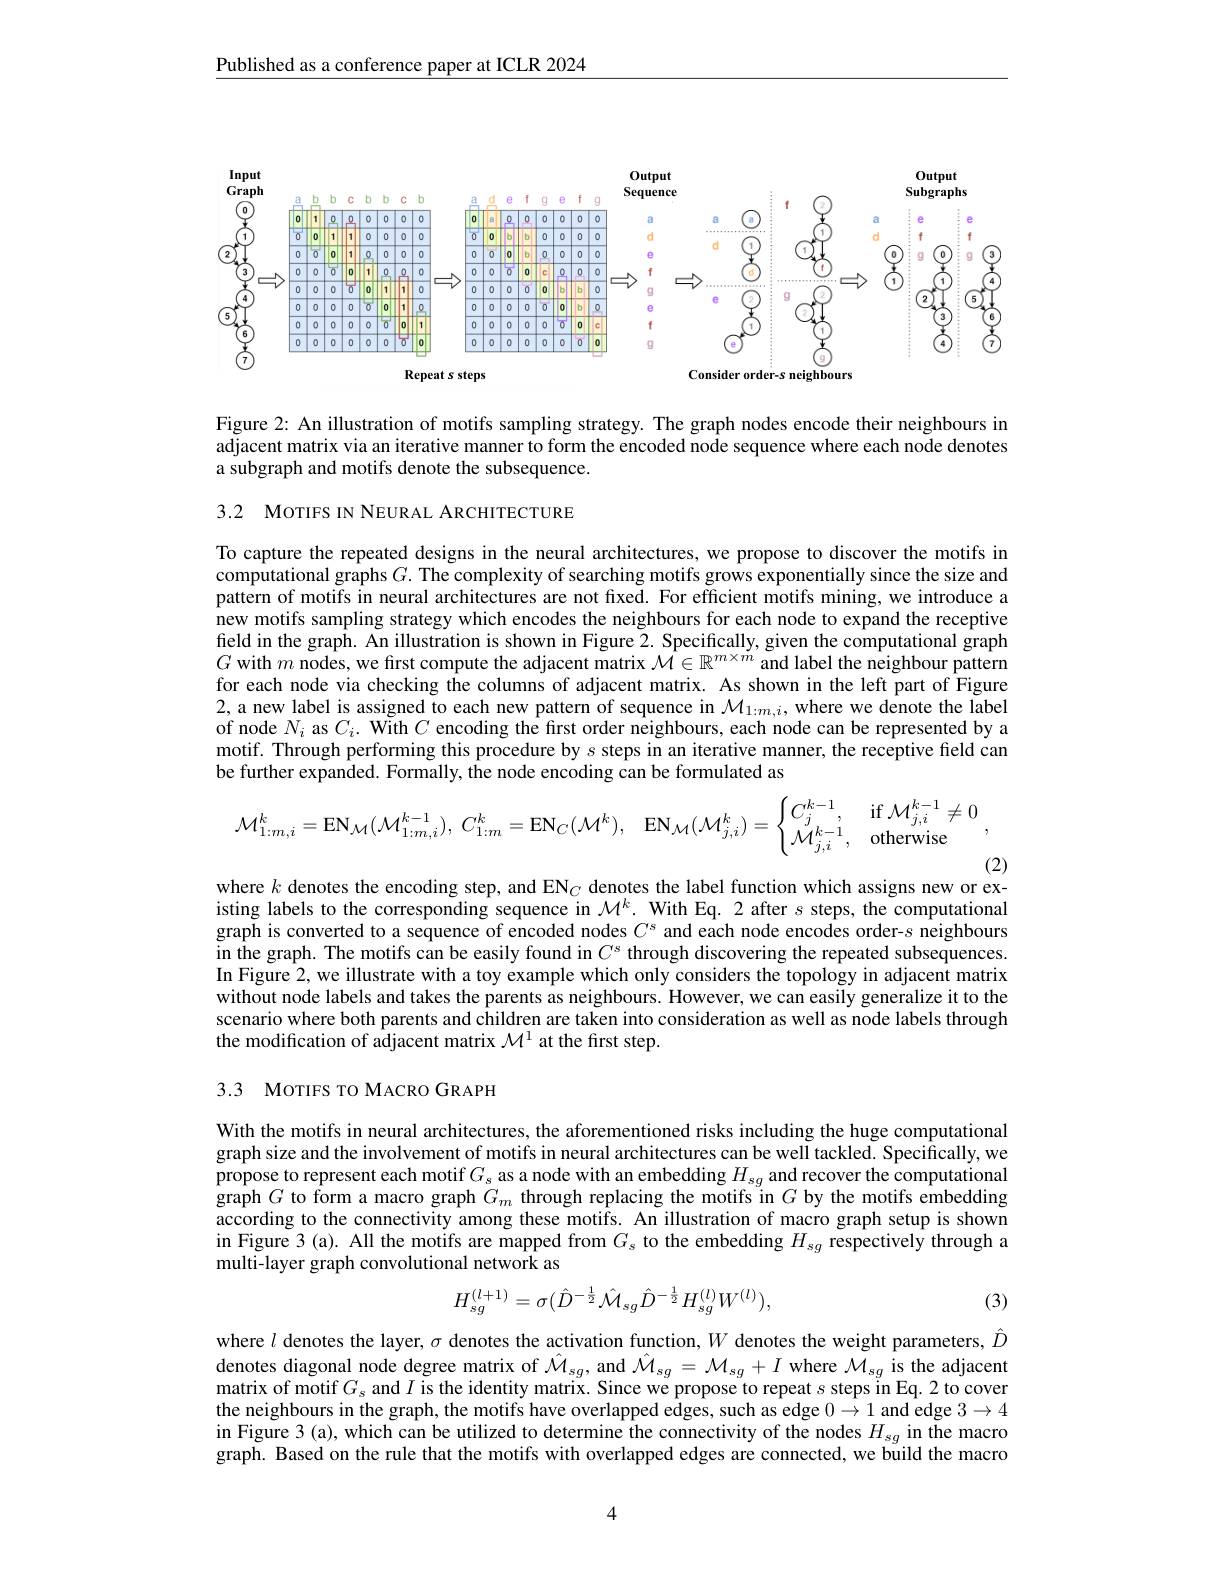
Published as a conference paper at ICLR 2024

<FigureHere>

Figure 2: An illustration of motifs sampling strategy. The graph nodes encode their neighbours in adjacent matrix via an iterative manner to form the encoded node sequence where each node denotes a subgraph and motifs denote the subsequence.

3.2 MOTIFS IN NEURAL ARCHITECTURE

To capture the repeated designs in the neural architectures, we propose to discover the motifs in computational graphs $G.$ The complexity of searching motifs grows exponentially since the size and pattern of motifs in neural architectures are not fixed. For efficient motifs mining, we introduce a $\hat{\text{new motifs sampling strategy which encodes the neighbours for each node to expand the receptive}}$ field in the graph. An illustration is shown in Figure 2. Specifically, given the computational graph $G$ with $m$ nodes, we first compute the adjacent matrix $\mathcal{M}\in\mathbb{R}^m\times\dot{m}$ and label the neighbour pattern for each node via checking the columns of adjacent matrix. As shown in the left part of Figure 2,a new label is assigned to each new pattern of sequence in $\mathcal{M}_1:m,i$,where we denote the label of node $N_i$ as $C_i.$ With $C$ encoding the first order neighbours, each node can be represented by a motif. Through performing this procedure by $s$ steps in an iterative manner, the receptive field can be further expanded. Formally, the node encoding can be formulated as
$$\mathcal{M}_{1:m,i}^{k}=\mathrm{EN}_{\mathcal{M}}(\mathcal{M}_{1:m,i}^{k-1}),\:C_{1:m}^{k}=\mathrm{EN}_{C}(\mathcal{M}^{k}),\quad\mathrm{EN}_{\mathcal{M}}(\mathcal{M}_{j,i}^{k})=\begin{cases}C_{j}^{k-1},&\text{if}\mathcal{M}_{j,i}^{k-1}\neq0\\\mathcal{M}_{j,i}^{k-1},&\text{otherwise}\end{cases},$$
(2)

where $k$ denotes the encoding step, and EN$_C$ denotes the label function which assigns new or ex-

isting labels to the corresponding sequence in $\mathcal{M}^k.$ With Eq. 2 after $s$ steps, the computational graph is converted to a sequence of encoded nodes $C^\mathrm{s}$ and each node encodes order-s neighbours in the graph. The motifs can be easily found in $C^\mathrm{s}$ through discovering the repeated subsequences In Figure 2, we illustrate with a toy example which only considers the topology in adjacent matrix without node labels and takes the parents as neighbours. However, we can easily generalize it to the scenario where both parents and children are taken into consideration as well as node labels through the modification of adjacent matrix $\mathcal{M}^1$ at the first step.

## 3.3 MoTIFS TO MACRO GRAPH

With the motifs in neural architectures, the aforementioned risks including the huge computational graph size and the involvement of motifs in neural architectures can be well tackled. Specifically, we propose to represent each motif $G_s$ as a node with an embedding $H_{sg}$ and recover the computational graph $G$ to form a macro graph $G_m$ through replacing the motifs in $G$ by the motifs embedding according to the connectivity among these motifs. An illustration of macro graph setup is shown in Figure 3 (a). All the motifs are mapped from $G_{s}$ to the embedding $H_{sg}$ respectively through a multi-layer graph convolutional network as
$$H_{sg}^{(l+1)}=\sigma(\hat{D}^{-\frac{1}{2}}\hat{\mathcal{M}}_{sg}\hat{D}^{-\frac{1}{2}}H_{sg}^{(l)}W^{(l)}),$$
(3)

where $l$ denotes the layer, $\sigma$ denotes the activation function, $W$ denotes the weight parameters, $\hat{D}$ denotes diagonal node degree matrix of $\hat{\mathcal{M}}_{sg}$, and $\hat{\mathcal{M}}_{sg}=\mathcal{M}_{sg}+I$ where $\tilde{\mathcal{M}}_{sg}$ is the adjacent matrix of motif $G_s$ and $I$ is the identity matrix. Since we propose to repeat $s$ steps in Eq.2 to cover the neighbours in the graph, the motifs have overlapped edges, such as edge $0\to1$ and edge $3\to4$ in Figure 3 (a), which can be utilized to determine the connectivity of the nodes $H_{sg}$ in the macro graph. Based on the rule that the motifs with overlapped edges are connected, we build the macro

4